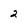
Character: 2